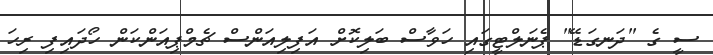
ސީ ގެ "ދަނގަޑޭ" ޕެނަލްޓީގައި ހަވާސް ބަލިކޮށް އަފިލިއަންސް ޗެމްޕިއަންކަން ހޯދައިފި ރިހަ